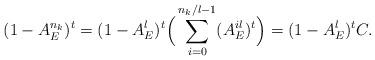
LaTeX: \begin{align*} (1-A_E^{n_{k}})^t =(1-A_E^l)^t \Big(\sum_{i=0}^{n_{k}/l-1} (A_E^{il})^t \Big) = (1-A_E^{l})^t C. \end{align*}